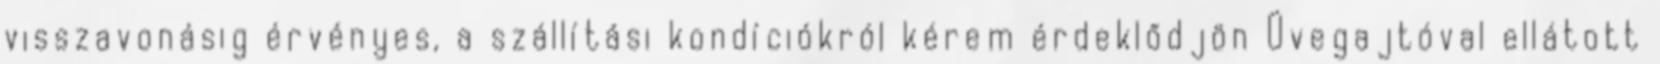
visszavonásig érvényes, a szállítási kondíciókról kérem érdeklődjön Üvegajtóval ellátott